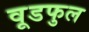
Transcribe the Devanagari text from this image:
वूडफुल